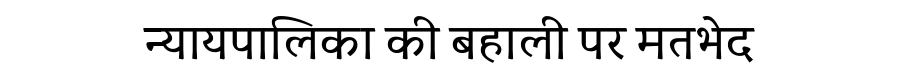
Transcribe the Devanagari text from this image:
न्यायपालिका की बहाली पर मतभेद